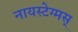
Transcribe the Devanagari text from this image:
नायस्‍टेग्‍मस्